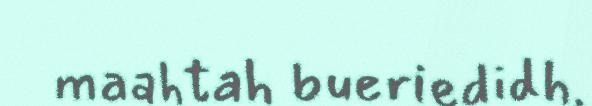
maahtah bueriedidh.